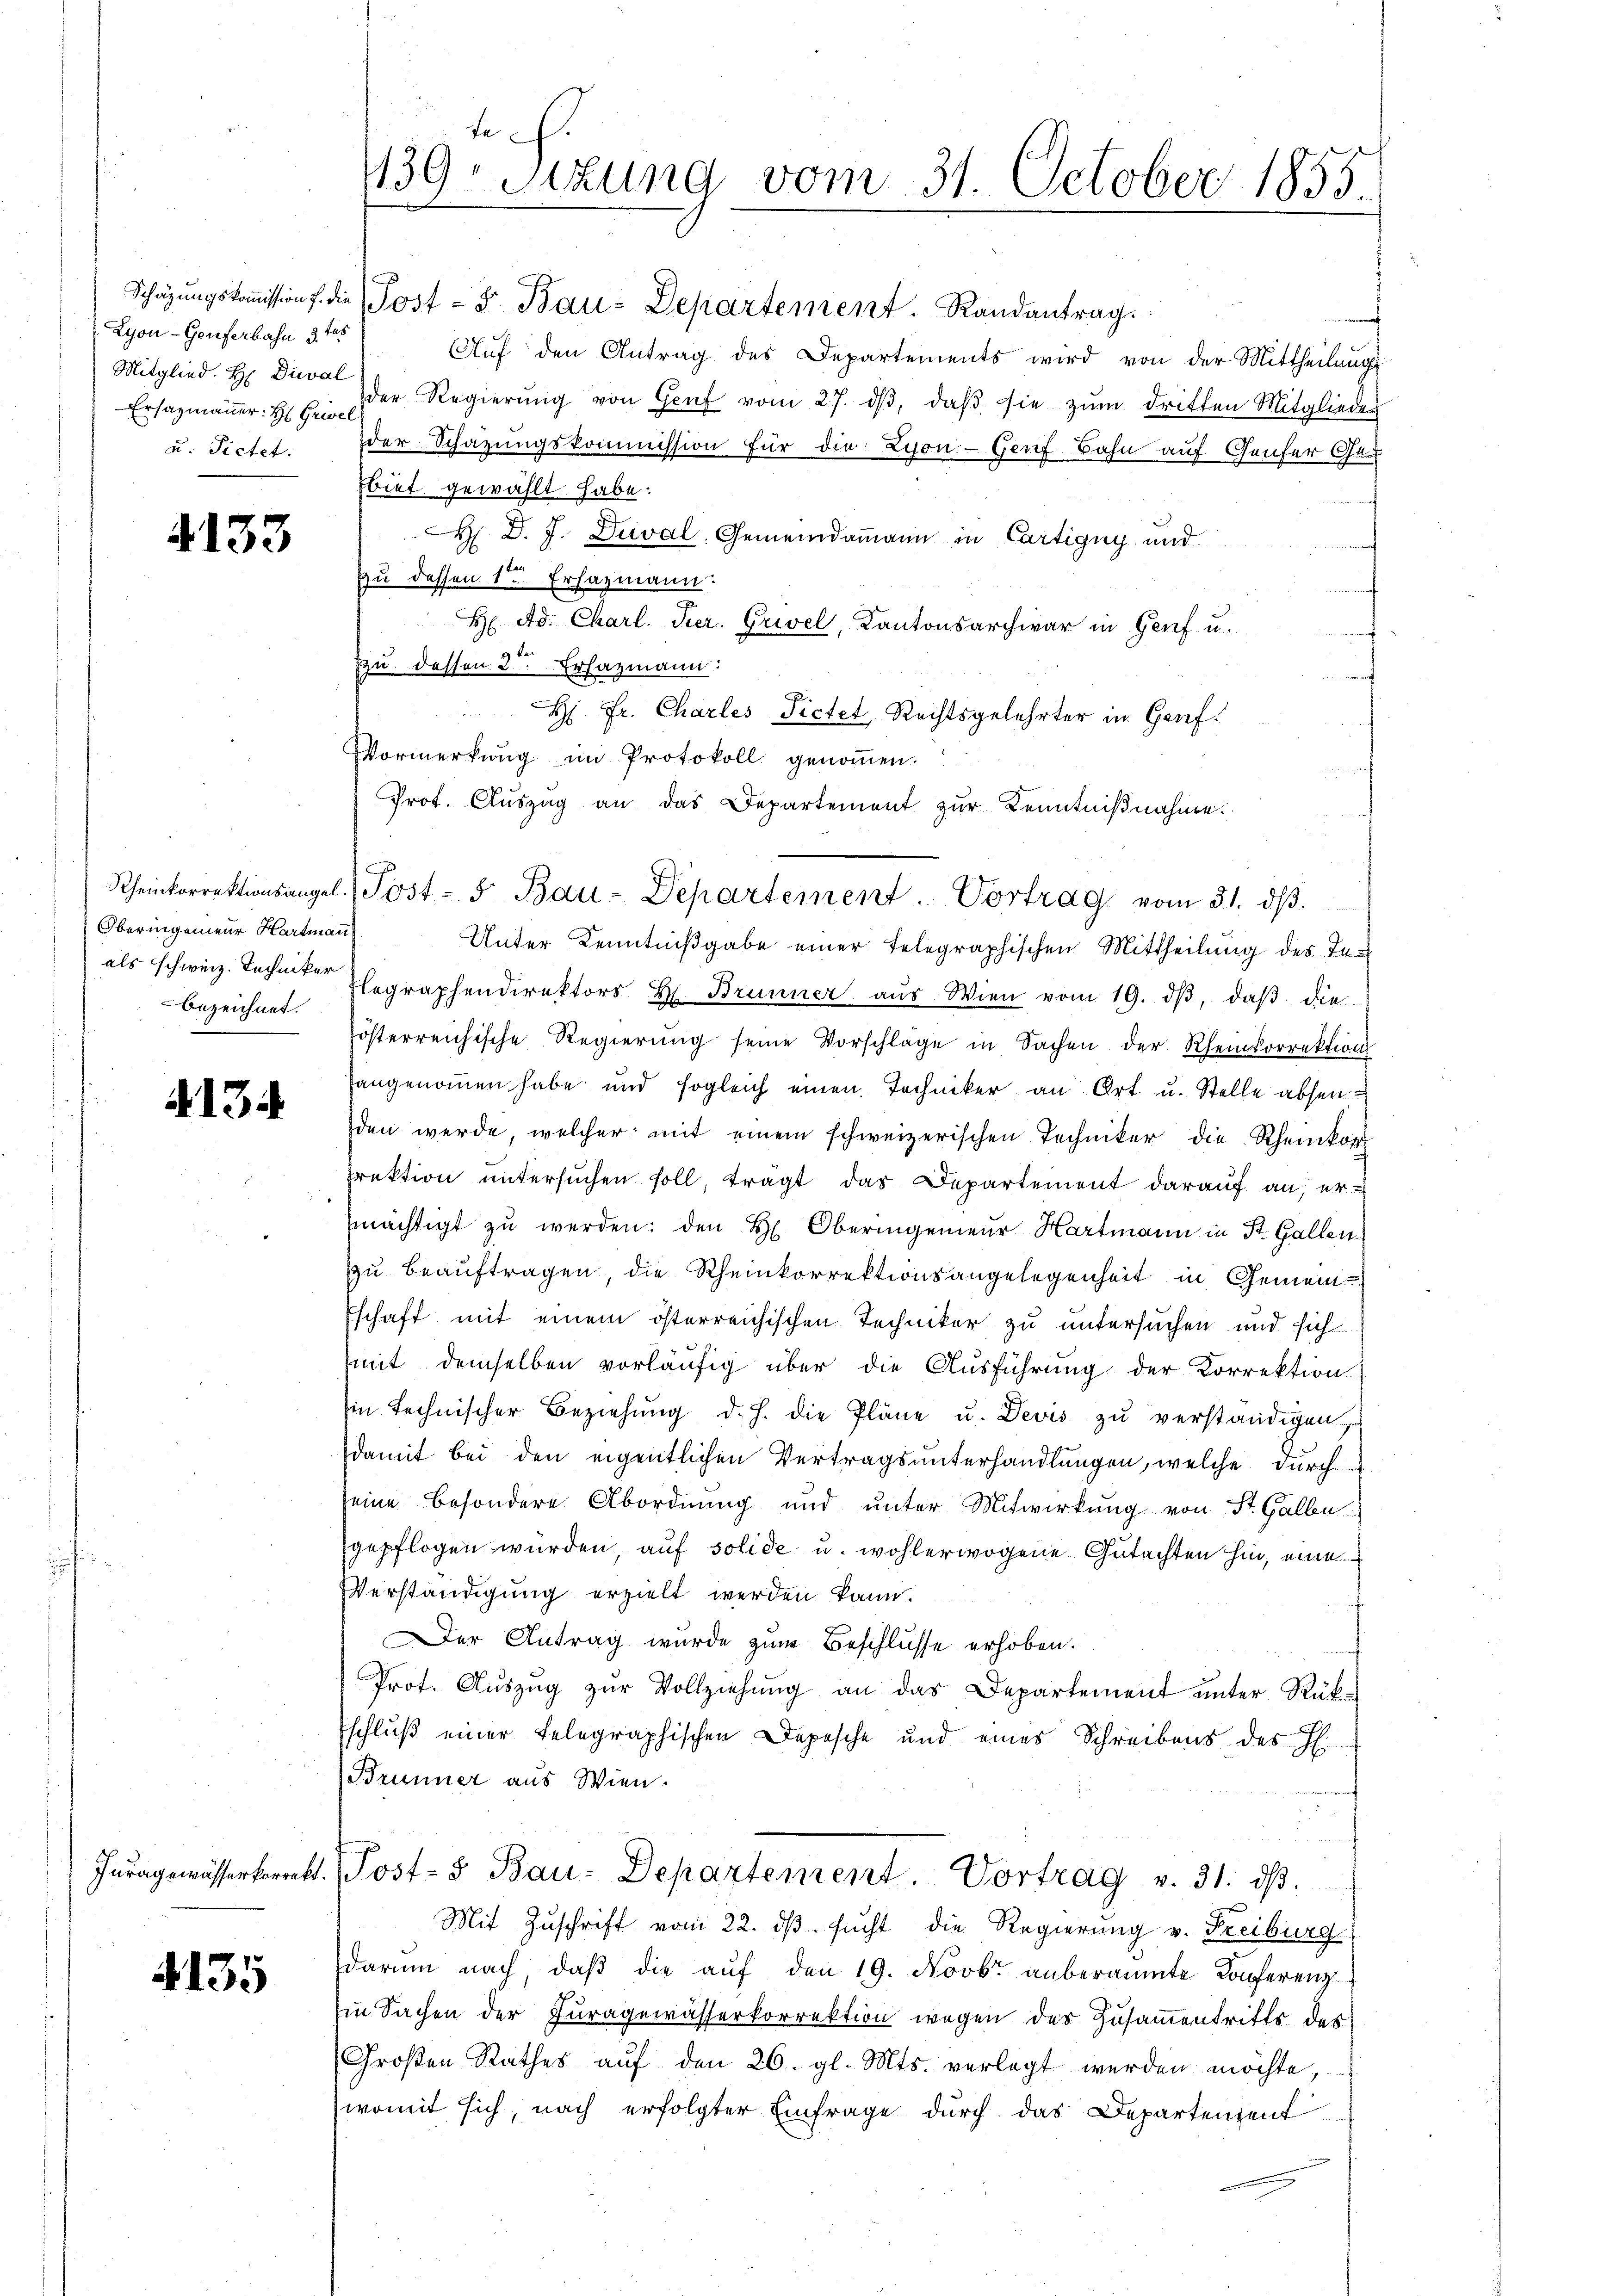
Mitglied. H Duval
Ersatzmänner: H: Grivel

4133

Oberingenieur Hartmann
bezeichnet.

4134

4135

Schäzŭngskoṁission die Post - 5. Bau-Departement. Randantrag.
Lyon - Genferbahn 3ter Aŭf den Antrag des Departements wird von der Mittheilŭng
der Regierŭng von Genf vom 27. dβ, daβ sie zŭm dritten Mitglieder
u. Pictet. der Schazungskommission für die Lyon- Genf Bahn auf Genfer Ge-
Ebiet gewählt habe:
H D. J. Deval, Gemeindammann in Cartigny und
zu dessen 1ten Erfazmann.
H Ad. Charl. Peer. Grivel, Kantonsarchivar in Genf u.
zu dessen 3ten Erhazmann:
H: Fr. Charles Pictet, Rechtsgelehrter in Genf.
Vormerkung im Protokoll genommen.
Prot. Aŭszŭg an das Departement zŭr Kenntniβnahme.
Unter Kenntnißgabe einer Telegraphischen Mittheilung des Inals schweiz. Technete Elegraphendirektors H. Brunner aŭs Wien vom 19. dβ, daβ die
österreichische Regierung seine Vorschläge in Sachen der Rheinkorrektion
angenommen habe und sogleich einen Techniker an Ort u. Stelle absenden werde, welcher mit einem schweizerischen Techniker die Rheinkorirektion untersŭchen soll, tragt das Departement darauf an, ermächtigt zŭ werden: den H. Oberingenieur Hartmann in St. Gallen
zu beauftragen, die Rheinkorrektionsangelegenheit in Gemeinschaft mit einem österreichischen Techniker zu untersuchen und sich
mit demselben vorläufig über die Ausführung der Korrektion
hin technischer Beziehung d. h. die Pläne u. Devis zu verständigen.
damit bei den eigentlichen Vertragsunterhandlungen, welche durch
seine besondere Abordnung und unter Mitwirkung von St. Galle
gepflogen würden, auf solide u. wohlerwogene Gutachten hin, eine
Verständigung erzielt werden kann.
Der Antrag wurde zum Beschlüsse erhoben.
Prot. Auszug zur Vollziehung an das Departement unter Rük¬
Eschluß einer telegraphischen Depesche und eines Schreibens des H
Brunner aus Wien.
Iŭragewässertorrekt. (Post- & Bau-Departement. Vortrag v. 31. dβ.
Mit Zuschrift vom 22. dβ. sucht die Regierung v. Freiburg
darum nach, daβ die aŭf den 19. Novbr. anberaumte Konferenz
Ein Sachen der Juragewässerkorrektion wegen der Zusammentritts des
Großen Rathes auf den 26. gl. Mts. verlegt werden möchte,
womit sich, nach erfolgter Einfrage durch das Departendent

te
1139. Sitzung vom 31. October 1855.

Rheinkorrektionsangel. Post - 5. Bau-Departement. Vortrag vom 31. dβ.

n